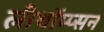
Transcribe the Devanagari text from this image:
लीथॉम्प्सन